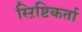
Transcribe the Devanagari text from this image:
स्ऱिष्टिकर्ता